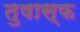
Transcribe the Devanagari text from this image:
तुषास्फ